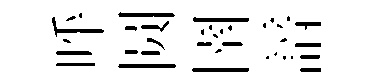
呼圆圉諳